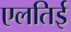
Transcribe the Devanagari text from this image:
एलतिई